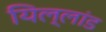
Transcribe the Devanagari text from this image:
यिल्लांड